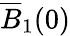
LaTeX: \overline{{B}}_{1}(0)